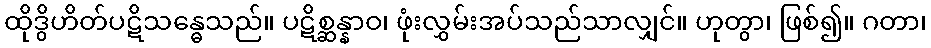
ထိုဒွိဟိတ်ပဋိသန္ဓေသည်။ ပဋိစ္ဆန္နာဝ၊ ဖုံးလွှမ်းအပ်သည်သာလျှင်။ ဟုတွာ၊ ဖြစ်၍။ ဂတာ၊